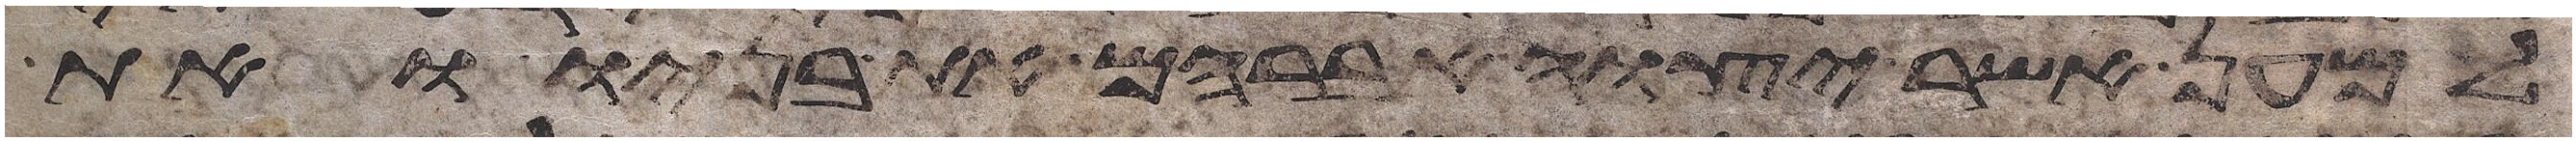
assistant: למען אשר יצוה אברהם את בניו ואת